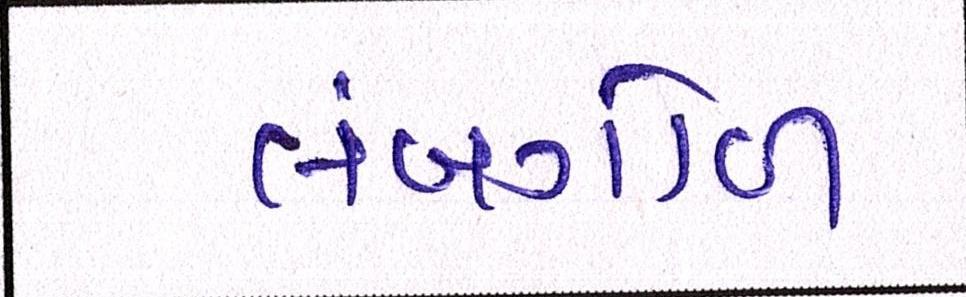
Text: લંબગોળ